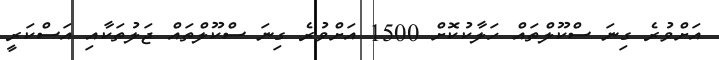
އަށްވުރެ ގިނަ ސްކޫލްތައް ހަލާކުކޮށް 1500 އަށްވުރެ ގިނަ ސްކޫލްތައް ޖަލުތަކާއި އަސްކަރީ